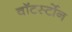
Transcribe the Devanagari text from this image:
वाॅटर्स्टोन